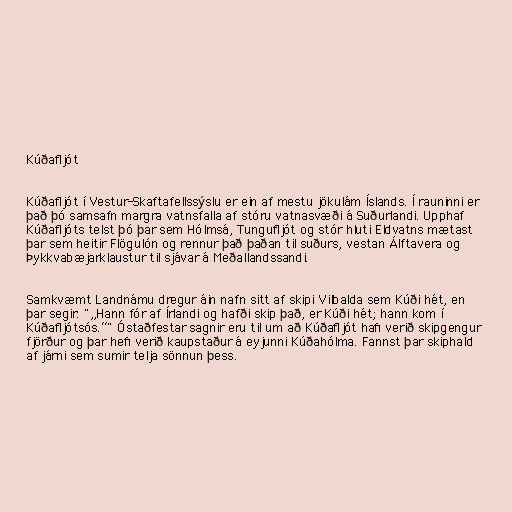
Kúðafljót

Kúðafljót í Vestur-Skaftafellssýslu er ein af mestu jökulám Íslands. Í rauninni er
það þó samsafn margra vatnsfalla af stóru vatnasvæði á Suðurlandi. Upphaf
Kúðafljóts telst þó þar sem Hólmsá, Tungufljót og stór hluti Eldvatns mætast
þar sem heitir Flögulón og rennur það þaðan til suðurs, vestan Álftavera og
Þykkvabæjarklaustur til sjávar á Meðallandssandi.

Samkvæmt Landnámu dregur áin nafn sitt af skipi Vilbalda sem Kúði hét, en
þar segir: "„Hann fór af Írlandi og hafði skip það, er Kúði hét; hann kom í
Kúðafljótsós.“" Óstaðfestar sagnir eru til um að Kúðafljót hafi verið skipgengur
fjörður og þar hefi verið kaupstaður á eyjunni Kúðahólma. Fannst þar skiphald
af járni sem sumir telja sönnun þess.